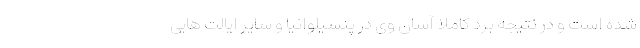
شده است و در نتیجه برد کاملا آسان وی در پنسیلوانیا و سایر ایالت هایی